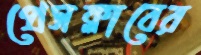
প্রেসক্লাবের